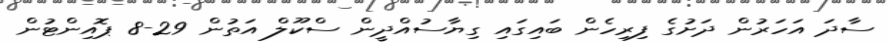
ސާދަ އަހަރުން ދަށުގެ ފިރިހެން ބައިގައި ގިޔާސުއްދީން ސްކޫލް އަތުން 29-8 ޕޮއިންޓުން